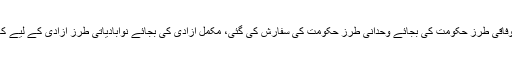
جداگانہ طریق انتخاب ختم کرنے کی بات کی گئی، ہندوستان کے لیے وفاقی طرز حکومت کی بجائے وحدانی طرز حکومت کی سفارش کی گئی، مکمل آزادی کی بجائے نوآبادیاتی طرز آزادی کے لیے کہا گیا اور ہندی کو ہندوستان کی سرکاری زبان بنانے کا مطالبہ کیا گیا۔